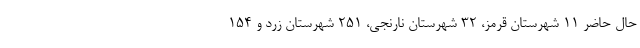
حال حاضر ۱۱ شهرستان قرمز، ۳۲ شهرستان نارنجی، ۲۵۱ شهرستان زرد و ۱۵۴